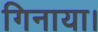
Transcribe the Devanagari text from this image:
गिनाया।